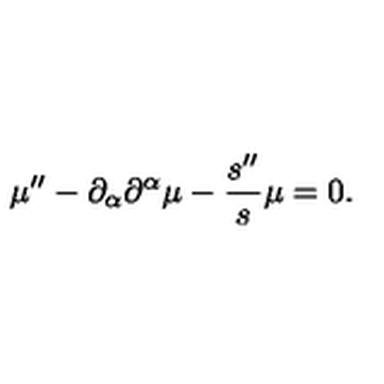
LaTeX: \mu ^ { \prime \prime } - \partial _ { \alpha } \partial ^ { \alpha } \mu - \frac { s ^ { \prime \prime } } { s } \mu = 0 .